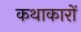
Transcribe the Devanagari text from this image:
कथाकारों